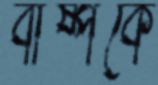
বাষ্পকে